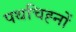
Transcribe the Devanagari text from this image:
पथचिह्नों